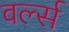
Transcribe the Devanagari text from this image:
वर्ल्स